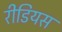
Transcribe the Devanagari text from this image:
रीडियस